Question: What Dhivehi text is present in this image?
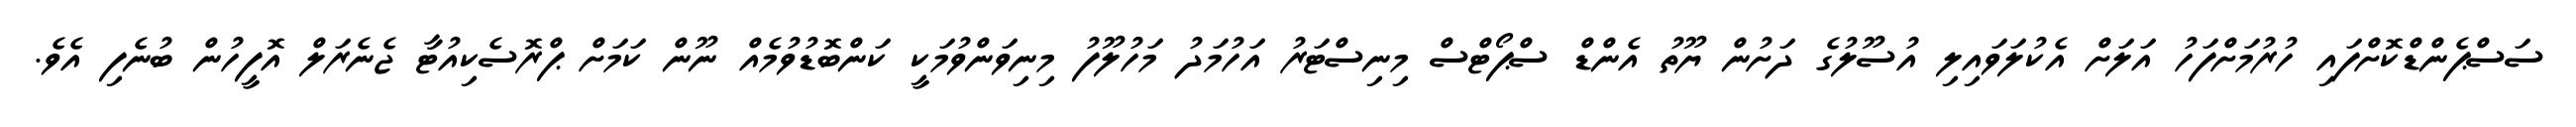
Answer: ސަސްޕެންޑްކޮށްފައި ހުރުމަށްފަހު އަލަށް އެކުލަވައިލި އުސޫލުގެ ދަށުން ޔޫތު އެންޑް ސްޕޯޓްސް މިނިސްޓަރު އަހުމަދު މަހުލޫފު މިނިވަންވުމަކީ ކަންބޮޑުވުމެއް ނޫން ކަމަށް ޕްރޮސެކިއުޓާ ޖެނެރަލް އޮފީހުން ބުނެފި އެވެ.